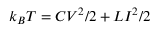
k _ { B } T = C V ^ { 2 } / 2 + L I ^ { 2 } / 2